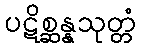
ပဋိစ္ဆန္နသုတ္တံ